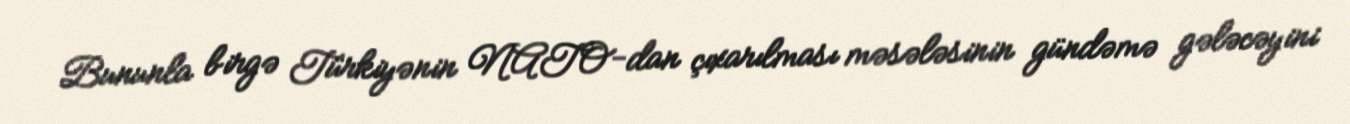
Bununla birgə Türkiyənin NATO-dan çıxarılması məsələsinin gündəmə gələcəyini